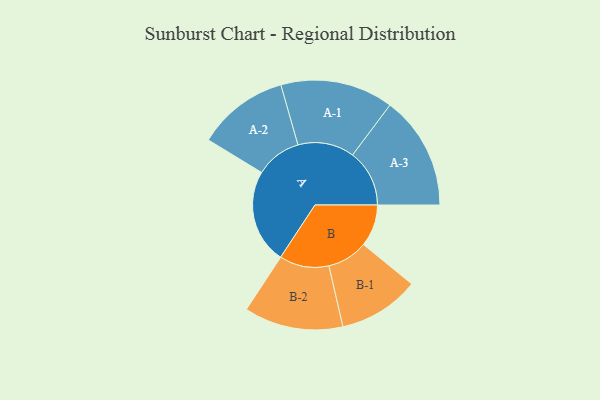
{"axis": {"x": "Segment", "y": "Value"}, "legend": ["", "A", "B"], "data": [{"x": "A", "y": 449, "type": ""}, {"x": "B", "y": 200, "type": ""}, {"x": "A-1", "y": 269, "type": "A"}, {"x": "A-2", "y": 218, "type": "A"}, {"x": "A-3", "y": 271, "type": "A"}, {"x": "B-1", "y": 193, "type": "B"}, {"x": "B-2", "y": 236, "type": "B"}]}